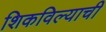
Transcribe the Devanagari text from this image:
शिकविल्याची